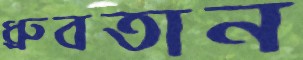
ধ্রুবতান